Annual report of the Punjab Veterinary College and of the Civil Veterinary Department, Punjab - 1894-1908
Year: 1894
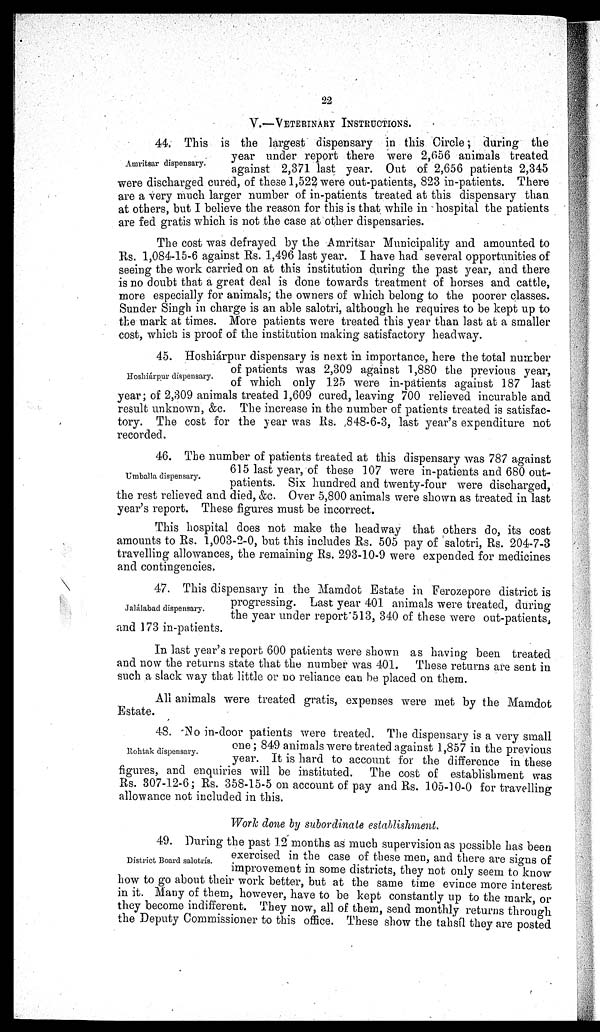
22
V.—VETERINARY INSTRUCTIONS.
Amritsar dispensary.
44. This is the largest dispensary in this Circle; during the
year under report there were 2,656 animals treated
against 2,371 last year. Out of 2,656 patients 2,345
were discharged cured, of these 1,522 were out-patients, 823 in-patients. There
are a very much larger number of in-patients treated at this dispensary than
at others, but I believe the reason for this is that while in hospital the patients
are fed gratis which is not the case at other dispensaries.
The cost was defrayed by the Amritsar Municipality and amounted to
Rs. 1,084-15-6 against Rs. 1,496 last year. I have had several opportunities of
seeing the work carried on at this institution during the past year, and there
is no doubt that a great deal is done towards treatment of horses and cattle,
more especially for animals, the owners of which belong to the poorer classes.
Sunder Singh in charge is an able salotri, although he requires to be kept up to
the mark at times. More patients were treated this year than last at a smaller
cost, which is proof of the institution making satisfactory headway.
Hoshiárpur dispensary.
45. Hoshiárpur dispensary is next in importance, here the total number
of patients was 2,309 against 1,880 the previous year,
of which only 125 were in-patients against 187 last
year; of 2,309 animals treated 1,609 cured, leaving 700 relieved incurable and
result unknown, &c. The increase in the number of patients treated is satisfac-
tory. The cost for the year was Rs. ,848-6-3, last year's expenditure not
recorded.
Umballa dispensary.
46. The number of patients treated at this dispensary was 787 against
615 last year, of these 107 were in-patients and 680 out-
patients. Six hundred and twenty-four were discharged,
the rest relieved and died, &c. Over 5,800 animals were shown as treated in last
year's report. These figures must be incorrect.
This hospital does not make the headway that others do, its cost
amounts to Rs. 1,003-2-0, but this includes Rs. 505 pay of salotri, Rs. 204-7-3
travelling allowances, the remaining Rs. 293-10-9 were expended for medicines
and contingencies.
Jalálabad dispensary.
47. This dispensary in the Mamdot Estate in Ferozepore district is
progressing. Last year 401 animals were treated, during
the year under report 513, 340 of these were out-patients,
and 173 in-patients.
In last year's report 600 patients were shown as having been treated
and now the returns state that the number was 401. These returns are sent in
such a slack way that little or no reliance can be placed on them.
All animals were treated gratis, expenses were met by the Mamdot
Estate.
Rohtak dispensary.
48. No in-door patients were treated. The dispensary is a very small
one; 849 animals were treated against 1,857 in the previous
year. It is hard to account for the difference in these
figures, and enquiries will be instituted. The cost of establishment was
Rs. 307-12-6; Rs. 358-15-5 on account of pay and Rs. 105-10-0 for travelling
allowance not included in this.
Work done by subordinate establishment.
District Board salotris.
49. During the past 12 months as much supervision as possible has been
exercised in the case of these men, and there are signs of
improvement in some districts, they not only seem to know
how to go about their work better, but at the same time evince more interest
in it. Many of them, however, have to be kept constantly up to the mark, or
they become indifferent. They now, all of them, send monthly returns through
the Deputy Commissioner to this office. These show the tahsíl they are posted